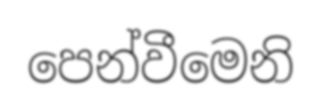
පෙන්වීමෙනි